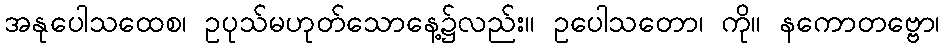
အနုပေါသထေစ၊ ဥပုသ်မဟုတ်သောနေ့၌လည်း။ ဥပေါသတော၊ ကို။ နကောတဗ္ဗော၊